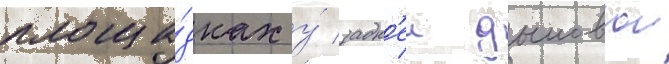
площа́дках у́ задн'еи дымовои